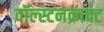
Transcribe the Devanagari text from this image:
वॉल्स्टनक्राफ्ट